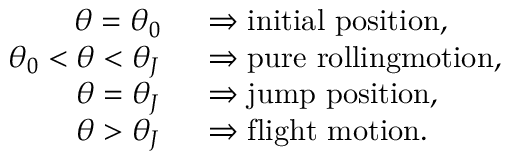
\begin{array} { r l } { \theta = \theta _ { 0 } \; \; } & { \Rightarrow \mathrm { i n i t i a l ~ p o s i t i o n , } } \\ { \theta _ { 0 } < \theta < \theta _ { J } \; \; } & { \Rightarrow \mathrm { p u r e ~ r o l l i n g m o t i o n , } } \\ { \theta = \theta _ { J } \; \; } & { \Rightarrow \mathrm { j u m p ~ p o s i t i o n , } } \\ { \theta > \theta _ { J } \; \; } & { \Rightarrow \mathrm { f l i g h t ~ m o t i o n . } } \end{array}